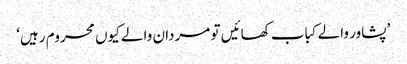
’پشاور والے کباب کھائیں تو مردان والے کیوں محروم رہیں‘